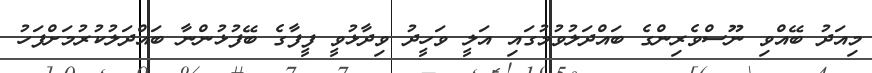
މިއަދު ބޭއްވި ނޫސްވެރިންގެ ބައްދަލުވުމުގައި އަލީ ވަހީދު ވިދާޅުވީ ފީފާގެ ބޭފުޅުންނާ ބައްދަލުކުރުމަށްފަހު